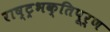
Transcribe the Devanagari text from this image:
राष्ट्रभक्तिपूर्ण